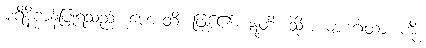
ပရိနိဗ္ဗာန်ပြုရသည်။ ဟောတိ၊ ဖြစ်၏။ ဣတိ၊ သို့။ ယာ ဂါထာ၊ ကို။